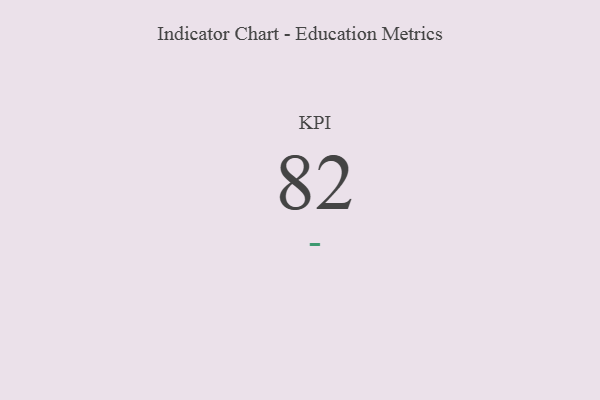
{"axis": {"x": "KPI", "y": "Value"}, "legend": [""], "data": [{"x": "KPI", "y": 82, "type": ""}]}